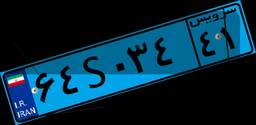
۶۴S۰۳۴۴۱